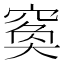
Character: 𥦺